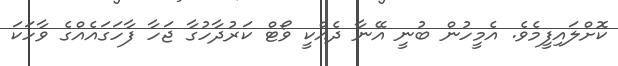
ކޮށްލައިފީމެވެ. އެމީހުން ބުނީ އޭނާ ދެއްކީ ވޯޓް ކަރުދާހުގާ ޖަހާ ފާހަގައެއްގެ ވާހަކަ